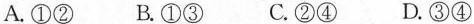
A.①② B.①③ C.②④ D.③④